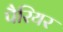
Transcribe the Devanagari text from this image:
पैरियर